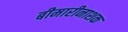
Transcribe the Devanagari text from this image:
बीमारीनाशक